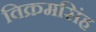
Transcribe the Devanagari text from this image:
विक्रमसिंह